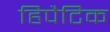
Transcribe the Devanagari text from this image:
हिपैटिक